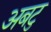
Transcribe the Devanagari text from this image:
अबटु